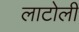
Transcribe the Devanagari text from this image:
लाटोली